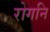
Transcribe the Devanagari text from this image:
रोगनि